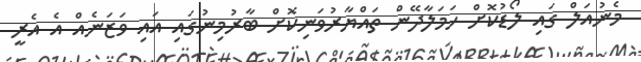
މެނުއަލް ގައި ލޯޑުކޮށް ހަމަލާދޭން ތައްޔާރުވަނިކޮށް ބާރުމިނުގައި އައި ވަޒަނެއް އެ އެރީ